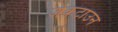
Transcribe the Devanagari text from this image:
जेकटाउन